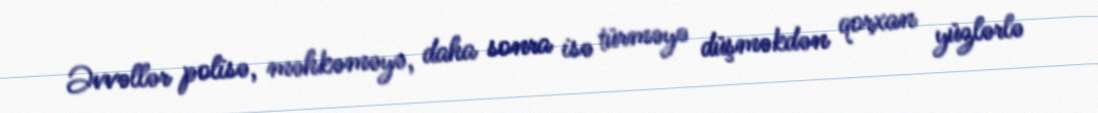
Əvvəllər polisə, məhkəməyə, daha sonra isə türməyə düşməkdən qorxan yüzlərlə